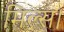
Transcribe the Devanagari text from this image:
मिल्स।